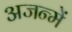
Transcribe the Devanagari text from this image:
अजन्में